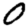
Digit: 0